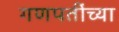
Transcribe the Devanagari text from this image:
गणपतींच्या